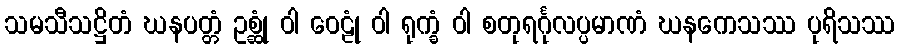
သမသီသဋ္ဌိတံ ဃနပတ္တံ ဥစ္ဆုံ ဝါ ဝေဠုံ ဝါ ရုက္ခံ ဝါ စတုရင်္ဂုလပ္ပမာဏံ ဃနကေသဿ ပုရိသဿ